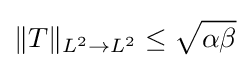
\Vert T\Vert _{L^{2}\to L^{2}}\leq {\sqrt {\alpha \beta }}